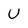
Character: U